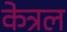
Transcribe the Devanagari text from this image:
केत्रल